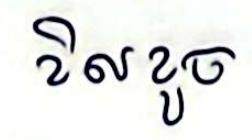
ខិលខូច